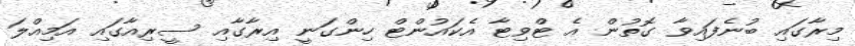
މިރާގައި ބުނެފައިވާ ގޮތުން އެ ޓްވިޓާ އެކައުންޓް ހިންގަނީ އިރާގާއި ސީރިއާގައި އަމިއްލަ